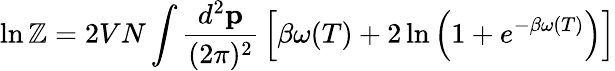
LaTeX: \ln\mathbb{Z}=2VN\int{\frac{{d^{2}{\mathbf{p}}}}{{(2\pi)^{2}}}}\left[\beta\omega(T)+2\ln\left(1+e^{-\beta\omega(T)}\right)\right]